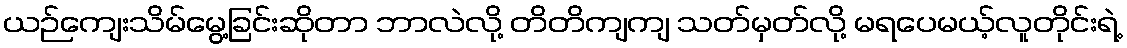
ယဉ်ကျေးသိမ်မွေ့ခြင်းဆိုတာ ဘာလဲလို့ တိတိကျကျ သတ်မှတ်လို့ မရပေမယ့်လူတိုင်းရဲ့